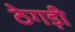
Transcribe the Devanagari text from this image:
ठेगड़ी